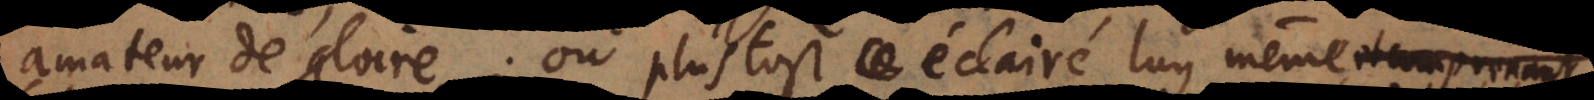
amateur de gloire; ou plustost éclairé luy même (et